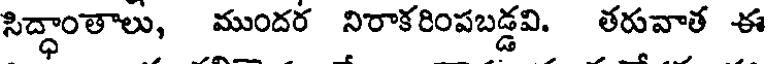
సిద్ధాంతాలు, ముందర నిరాకరింపబడ్డవి. తరువాత ఈ